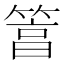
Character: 䈞